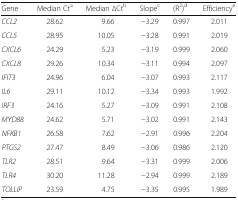
<table><thead><tr><td><b>Gene</b></td><td><b>Median Ct<sup>a</sup></b></td><td><b>Median ∆Ct<sup>b</sup></b></td><td><b>Slope<sup>c</sup></b></td><td><b>(R<sup>2</sup>)<sup>d</sup></b></td><td><b>Efficiency<sup>e</sup></b></td></tr></thead><tbody><tr><td><i>CCL2</i></td><td>28.62</td><td>9.66</td><td>−3.29</td><td>0.997</td><td>2.011</td></tr><tr><td><i>CCL5</i></td><td>28.95</td><td>10.05</td><td>−3.28</td><td>0.991</td><td>2.019</td></tr><tr><td><i>CXCL6</i></td><td>24.29</td><td>5.23</td><td>−3.19</td><td>0.999</td><td>2.060</td></tr><tr><td><i>CXCL8</i></td><td>29.26</td><td>10.34</td><td>−3.11</td><td>0.994</td><td>2.097</td></tr><tr><td><i>IFIT3</i></td><td>24.96</td><td>6.04</td><td>−3.07</td><td>0.993</td><td>2.117</td></tr><tr><td><i>IL6</i></td><td>29.11</td><td>10.12</td><td>−3.34</td><td>0.993</td><td>1.992</td></tr><tr><td><i>IRF3</i></td><td>24.16</td><td>5.27</td><td>−3.09</td><td>0.991</td><td>2.108</td></tr><tr><td><i>MYD88</i></td><td>24.62</td><td>5.71</td><td>−3.02</td><td>0.991</td><td>2.143</td></tr><tr><td><i>NFKB1</i></td><td>26.58</td><td>7.62</td><td>−2.91</td><td>0.996</td><td>2.204</td></tr><tr><td><i>PTGS2</i></td><td>27.47</td><td>8.49</td><td>−3.06</td><td>0.986</td><td>2.120</td></tr><tr><td><i>TLR2</i></td><td>28.51</td><td>9.64</td><td>−3.31</td><td>0.999</td><td>2.006</td></tr><tr><td><i>TLR4</i></td><td>30.20</td><td>11.28</td><td>−2.94</td><td>0.999</td><td>2.189</td></tr><tr><td><i>TOLLIP</i></td><td>23.59</td><td>4.75</td><td>−3.35</td><td>0.995</td><td>1.989</td></tr></tbody></table>